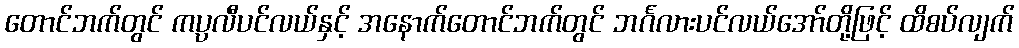
တောင်ဘက်တွင် ကပ္ပလီပင်လယ်နှင့် အနောက်တောင်ဘက်တွင် ဘင်္ဂလားပင်လယ်အော်တို့ဖြင့် ထိစပ်လျက်